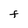
Character: F